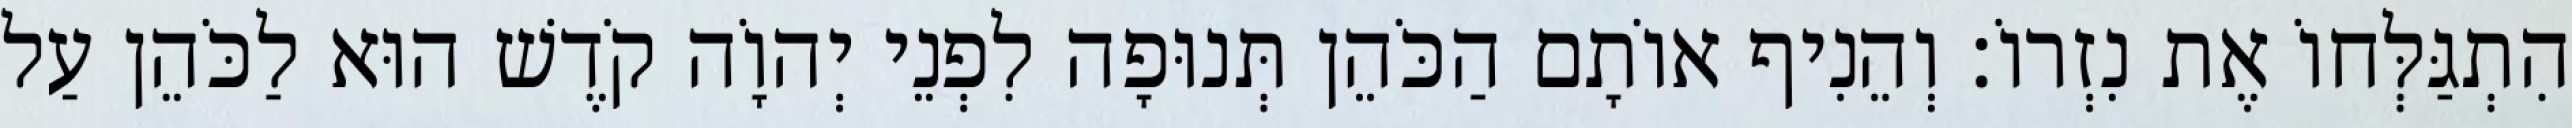
הִתְגַּלְּחוֹ אֶת נִזְרוֹ׃ וְהֵנִיף אוֹתָם הַכֹּהֵן תְּנוּפָה לִפְנֵי יְהוָֹה קֹדֶשׁ הוּא לַכֹּהֵן עַל